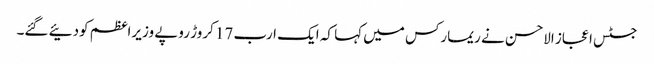
جسٹس اعجاز الاحسن نے ریمارکس میں کہا کہ ایک ارب 17 کروڑ روپے وزیراعظم کودئیے گئے۔